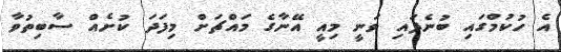
އެ ހުކުމްގައި ބުނެފައި ވަނީ މިއީ އޭނާގެ މައްޗަށް މިފަދަ ކުށެއް ސާބިތުވާ